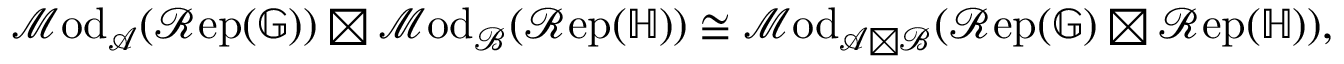
\mathscr { M } \mathrm { o d } _ { \mathcal { A } } ( \mathscr { R } \mathrm { e p } ( \mathbb { G } ) ) \boxtimes \mathscr { M } \mathrm { o d } _ { \mathcal { B } } ( \mathscr { R } \mathrm { e p } ( \mathbb { H } ) ) \cong \mathscr { M } \mathrm { o d } _ { \mathcal { A } \boxtimes \mathcal { B } } ( \mathscr { R } \mathrm { e p } ( \mathbb { G } ) \boxtimes \mathscr { R } \mathrm { e p } ( \mathbb { H } ) ) ,